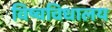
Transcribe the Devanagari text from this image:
विष्वविधालय